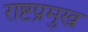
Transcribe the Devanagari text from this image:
राष्टप्रमुख